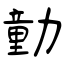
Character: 勭